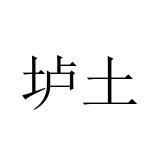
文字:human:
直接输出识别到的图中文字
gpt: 垆土